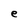
Character: e